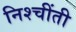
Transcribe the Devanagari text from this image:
निश्चींती